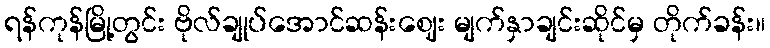
ရန်ကုန်မြို့တွင်း ဗိုလ်ချုပ်အောင်ဆန်းဈေး မျက်နှာချင်းဆိုင်မှ တိုက်ခန်း။